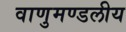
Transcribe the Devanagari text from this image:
वाणुमण्डलीय